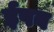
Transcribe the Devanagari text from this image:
ईपब